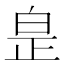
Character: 𤽢